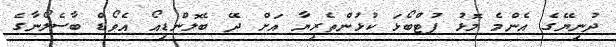
ދުނިޔޭގެ އެންމެ މޮޅު ފުޓްބޯޅަ ކުޅުންތެރިޔާ އަށް ދޭ ބެލޮންޑިއޯ އެވޯޑް ބާސެލޯނާގެ